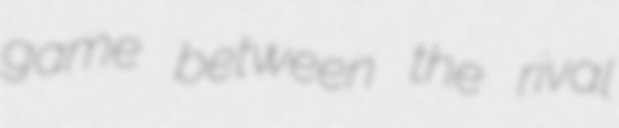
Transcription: game between the rival